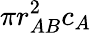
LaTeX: \pi r_{AB}^{2}c_{A}